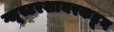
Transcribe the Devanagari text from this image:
ग्लूस्टरशायरकडून